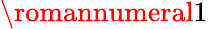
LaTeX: \romannumeral 1